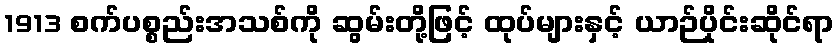
1913 စက်ပစ္စည်းအသစ်ကို ဆွမ်းတို့ဖြင့် ထုပ်များနှင့် ယာဉ်ပိုင်းဆိုင်ရာ